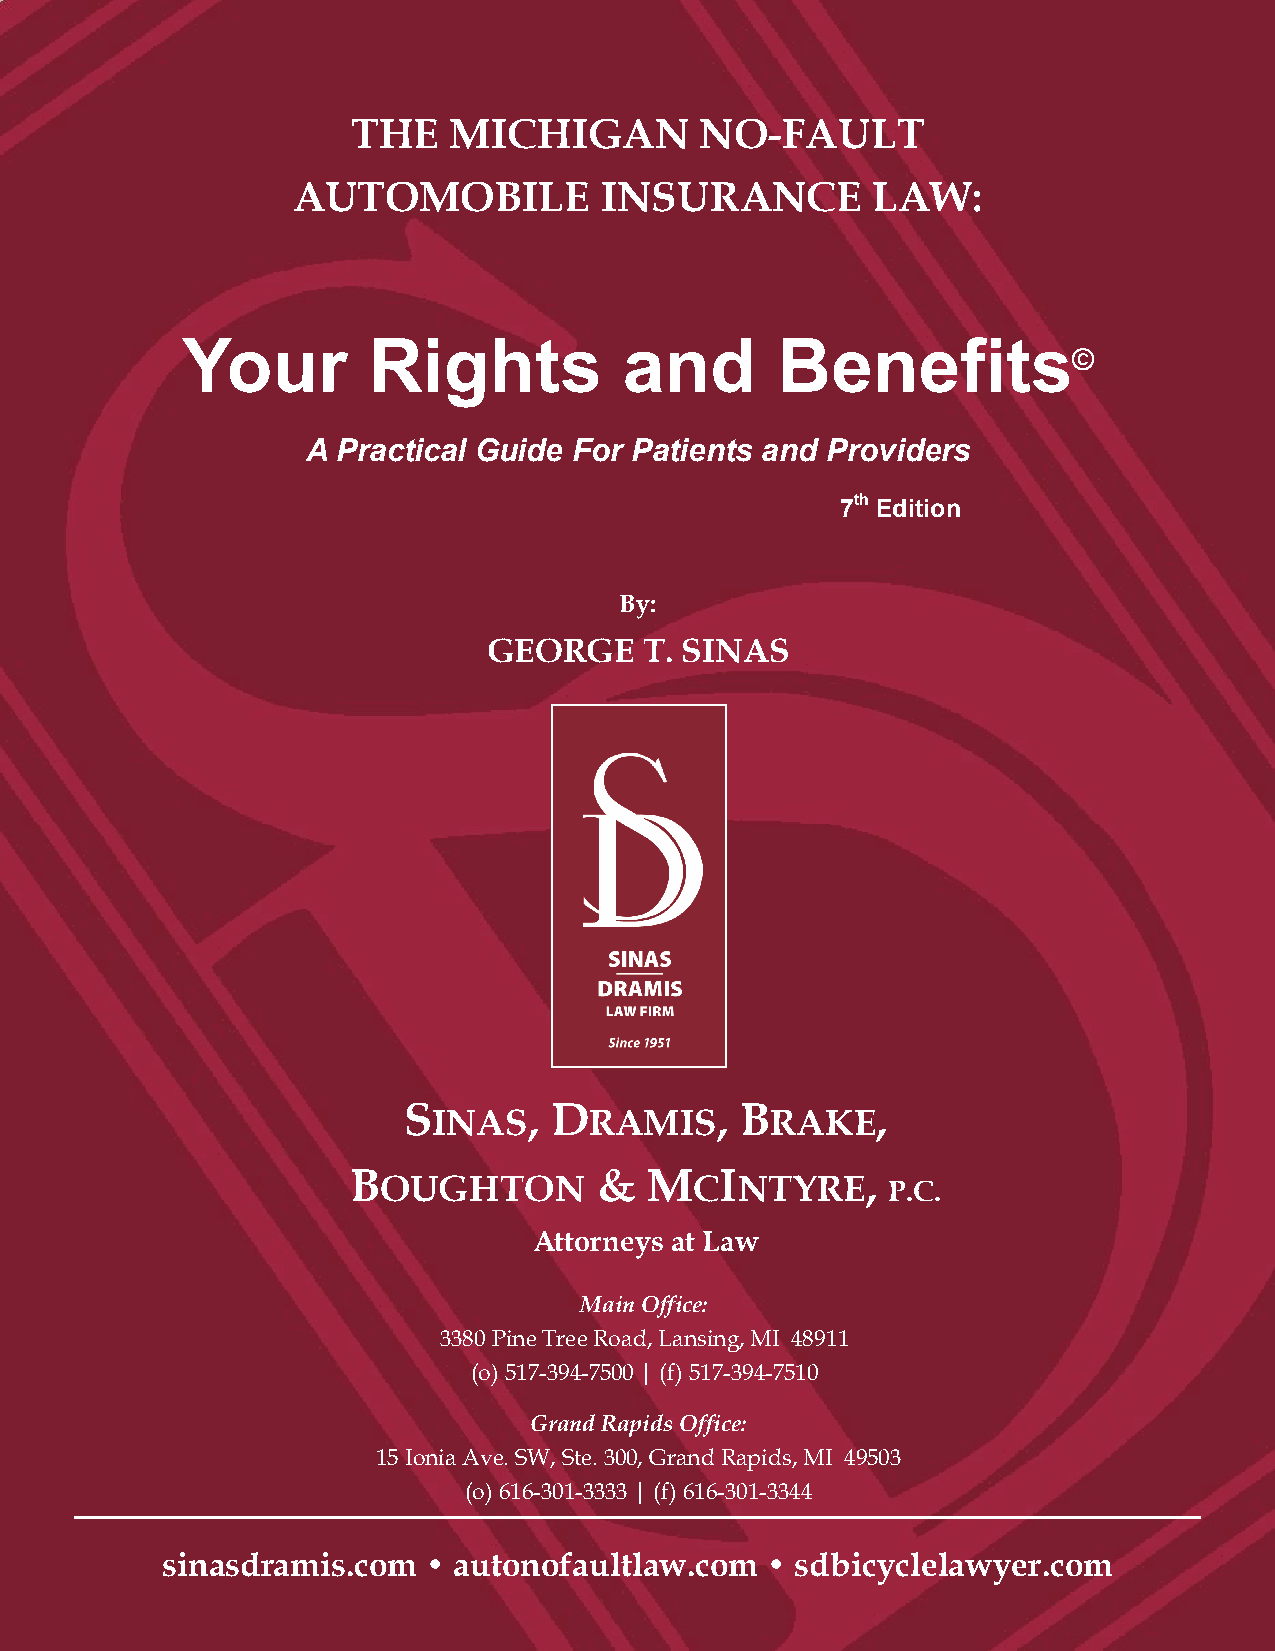
THE    MICHIGAN        NO-FAULT
 AUTOMOBILE           INSURANCE         LAW:
 Your        Rights           and       Benefits
 ©
 A Practical Guide For Patients and Providers
 7th Edition
 By:
 GEORGE     T. SINAS
 S       , D         , B        ,
 INAS      RAMIS       RAKE
 B                &  M    I        ,
 OUGHTON              C  NTYRE     P.C.
 Attorneys at Law
 Main Office:
 3380 Pine Tree Road, Lansing, MI 48911
 (o) 517-394-7500 | (f) 517-394-7510
 Grand Rapids Office:
 15 Ionia Ave. SW, Ste. 300, Grand Rapids, MI 49503
 (o) 616-301-3333 | (f) 616-301-3344
 sinasdramis.com  • autonofaultlaw.com   • sdbicyclelawyer.com